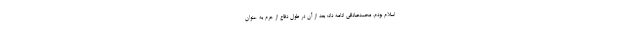
اسلام بودم. محمدصادقی ادامه داد: بعد از آن در طول دفاع از حرم به عنوان